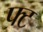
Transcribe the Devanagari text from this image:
फ्ट